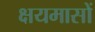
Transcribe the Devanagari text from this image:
क्षयमासों